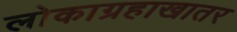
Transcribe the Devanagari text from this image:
लोकाग्रहाखातर